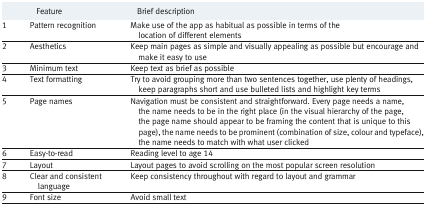
|  | Feature | Brief description |
 | --- | --- | --- |
 | 1 | Pattern recognition | Make use of the app as habitual as possible in terms of the location of different elements |
 | 2 | Aesthetics | Keep main pages as simple and visually appealing as possible but encourage and make it easy to use |
 | 3 | Minimum text | Keep text as brief as possible |
 | 4 | Text formatting | Try to avoid grouping more than two sentences together, use plenty of headings, keep paragraphs short and use bulleted lists and highlight key terms |
 | 5 | Page names | Navigation must be consistent and straightforward. Every page needs a name, the name needs to be in the right place (in the visual hierarchy of the page, the page name should appear to be framing the content that is unique to this page), the name needs to be prominent (combination of size, colour and typeface), the name needs to match with what user clicked |
 | 6 | Easy-to-read | Reading level to age 14 |
 | 7 | Layout | Layout pages to avoid scrolling on the most popular screen resolution |
 | 8 | Clear and consistent language | Keep consistency throughout with regard to layout and grammar |
 | 9 | Font size | Avoid small text |